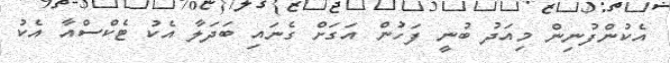
އެކުންފުނިން މިއަދު ބުނީ ފަހުން އަގަށް ގެނައި ބަދަލާ އެކު ޓެކްސްއާ އެކު